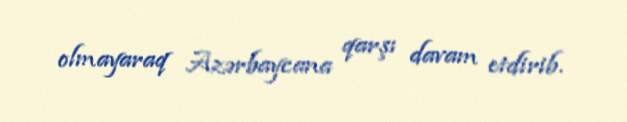
olmayaraq Azərbaycana qarşı davam etdirib.